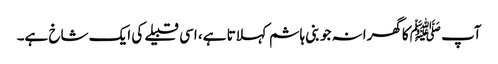
آپ ﷺکا گھرانہ جو بنی ہاشم کہلاتا ہے، اسی قبیلے کی ایک شاخ ہے۔